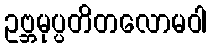
ဥဗ္ဘမုပ္ပတိတလောမဝါ